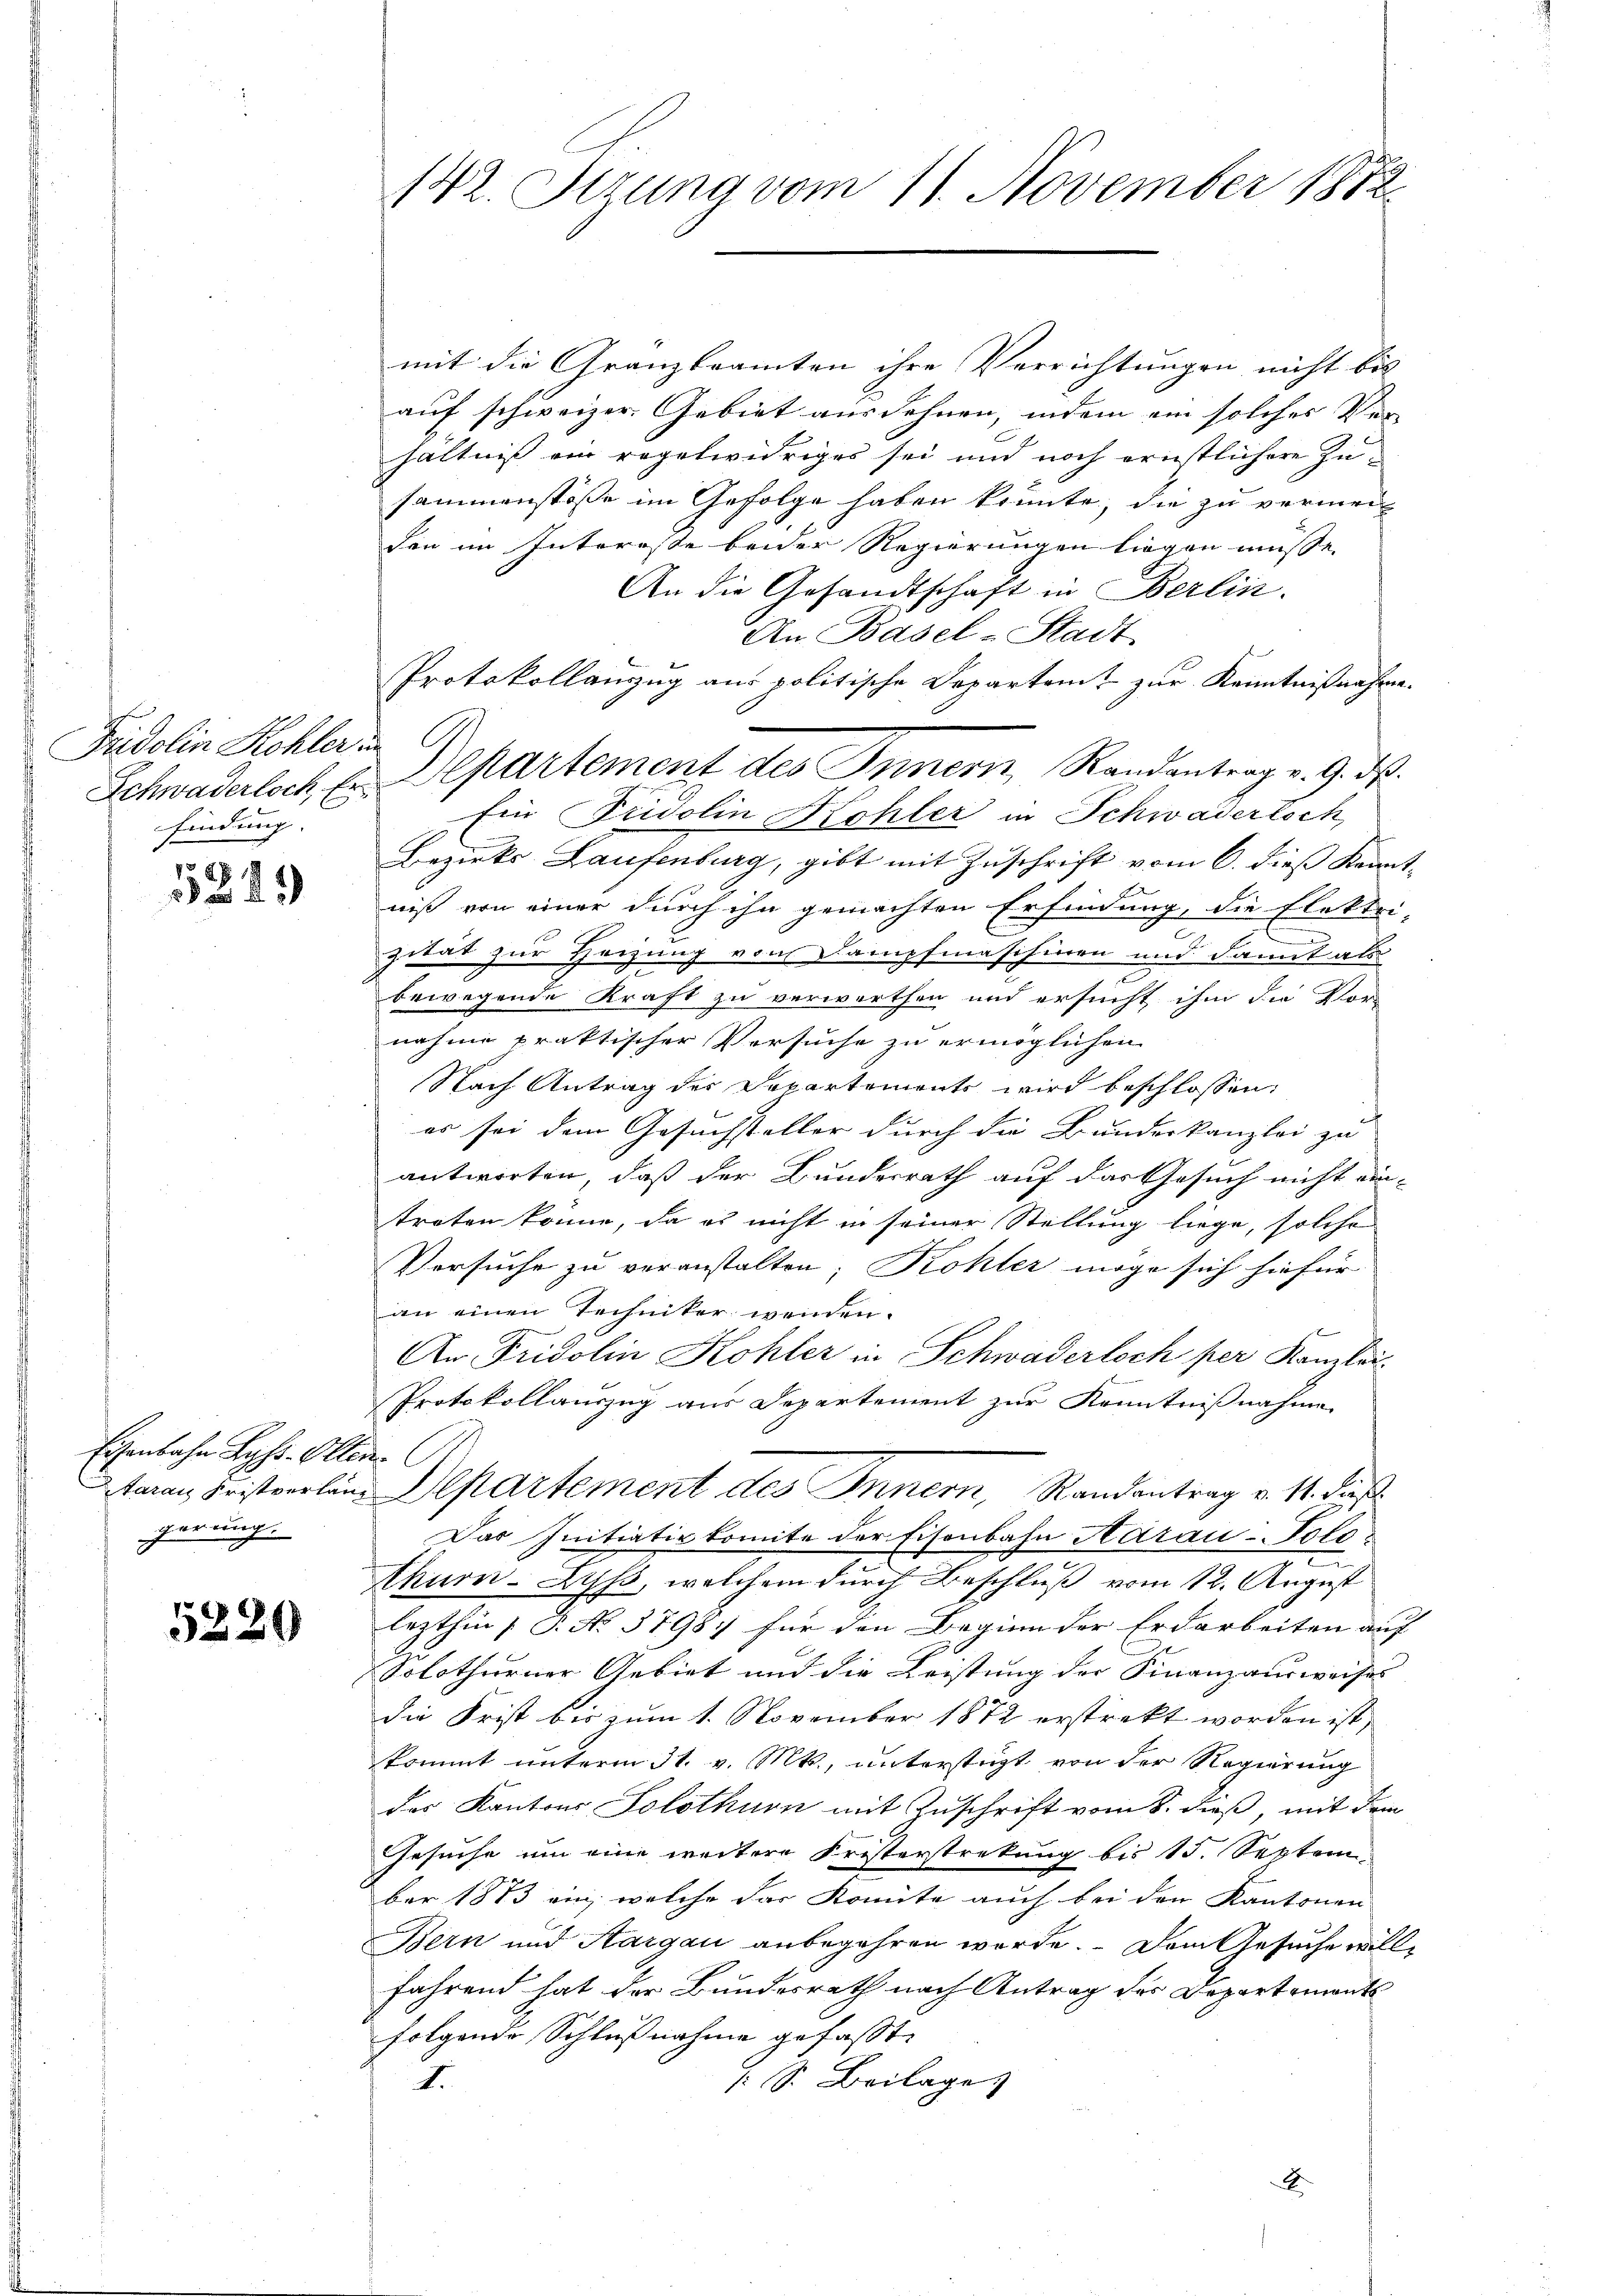
Fridolin Kohler in
findung. |

E
223

Eisenbahn Lyss-Otten.
gerung.

5220

142. Setzung vom 11. November 1882

mit die Granzbeamten ihre Verrichtungen nicht bis
auf schweizer. Gebiet ausdehnen, indem ein solches Ver-
hältniß ein regelwidriges sei und noch ernstlichere Zusammenstöße im Gefolge haben könnte, die zu vermeiden im Interesse beider Regierungen liegen müsse.
An die Gesandtschaft in Berlin.
An Basel-Stadt
Protokollanzug aus politische Departamt zur Kenntnißnahme-
Ein Fridolin Kohler in Schwadertsch,
Bezirks Laufenburg, gibt mit Zuschrift vom 6. dieß Kenntniß von einer durch ihn gemachten Erfindung, die Elektri-
zität zur Heizung von Dampfmaschinen und damit als
bewegende Kraft zu verwerthen und ersucht ihm die Vor-
nahme praktischer Versuche zu ermöglichen
Nach Antrag der Departements wird beschlossen:
er sei dem Gesuchsteller durch die Bundeskanzlei zu
antworten, daß der Bundesrath auf das Gesuch nicht ein-
treten könne, da es nicht in seiner Stellung liege, solche
Versuche zu veranstalten; Kohler möge sich hiefür
an einen Techniker wenden.
An Fridolin Kohler in Schwaderloch per Kanzlei-
Protokollauszug aus Departement zur Kenntnißnahme
taran Fristverlein Departement des Innern, Randantrag v. 11. Fuß.
Das Initiativkomite der Eisenbahn Aarau-Polo-
e
Ahurn-Lips, welchem durch Beschluß vom 12. August
lezthin (T. No. 3798 für den Beginn der Erdarbeiten auf
Solothurner Gebiet und die Leistung der Finanzausweises
die Frist bis zum 1. November 1872 erstrekt worden ist,
kommt unterm 31. v. Mts., unterstüzt von der Regierung
der Kantons Solothurn mit Zuschrift vom 8. dieß, mit dem
Gesuche um eine weitere Fresterstretung bis 15. Septem
ber 1883 ein, welche das Komite auch bei den Kantonen
Bern und Aargau anbegehren worde.  Dem Gesuche willfährend hat der Bundesrath nach Antrag des Departements
folgende Schlußnahme gefasst.
/: S. Beilage
I.

Schwaderloch, u. Departement des Innern, Randantrag v. 9. ds.